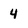
Character: 4